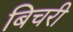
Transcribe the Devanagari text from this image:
बिचरी